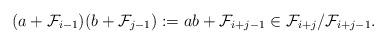
LaTeX: \begin{align*}(a+\mathcal{F}_{i-1})(b+\mathcal{F}_{j-1}):=ab+\mathcal{F}_{i+j-1}\in\mathcal{F}_{i+j}/\mathcal{F}_{i+j-1}.\end{align*}